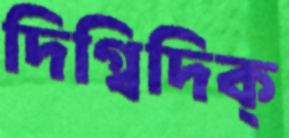
দিগ্বিদিক্‌